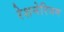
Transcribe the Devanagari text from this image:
रेशनेरियम